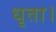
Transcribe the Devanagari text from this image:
धृता।